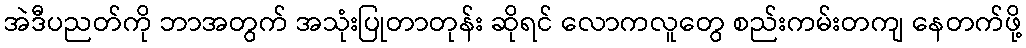
အဲဒီပညတ်ကို ဘာအတွက် အသုံးပြုတာတုန်း ဆိုရင် လောကလူတွေ စည်းကမ်းတကျ နေတက်ဖို့